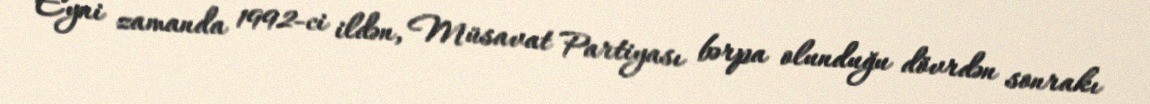
Eyni zamanda 1992-ci ildən, Müsavat Partiyası bərpa olunduğu dövrdən sonrakı